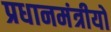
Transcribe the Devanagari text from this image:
प्रधानमंत्रीयों